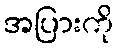
အပြားကို